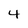
Character: 4